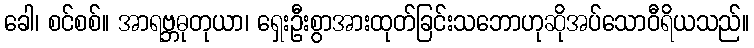
ခေါ၊ စင်စစ်။ အာရဗ္ဘဓုတုယာ၊ ရှေးဦးစွာအားထုတ်ခြင်းသဘောဟုဆိုအပ်သောဝီရိယသည်။